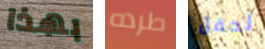
بهذا طرده لحفل